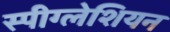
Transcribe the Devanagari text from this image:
स्पीग्लेशियन